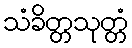
သံခိတ္တသုတ္တံ